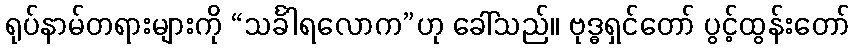
ရုပ်နာမ်တရားများကို “သင်္ခါရလောက”ဟု ခေါ်သည်။ ဗုဒ္ဓရှင်တော် ပွင့်ထွန်းတော်